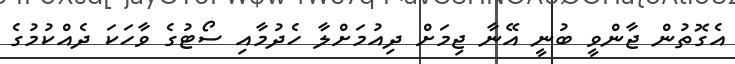
އެގޮތުން ޖާންވީ ބުނީ އޭނާ ޖިމަށް ދިއުމަށްލާ ހެދުމާއި ސޯޓުގެ ވާހަކަ ދެއްކުމުގެ